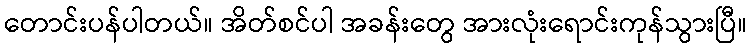
တောင်းပန်ပါတယ်။ အိတ်စင်ပါ အခန်းတွေ အားလုံးရောင်းကုန်သွားပြီ။